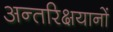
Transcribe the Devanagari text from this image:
अन्तरिक्षयानों